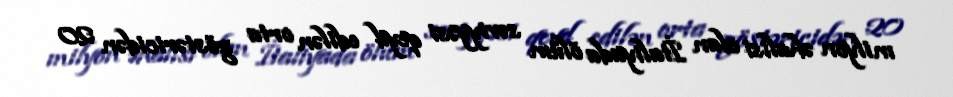
milyon əhalisi olan İtaliyada ölüm səviyyəsi qeyd edilən orta göstəricidən 20